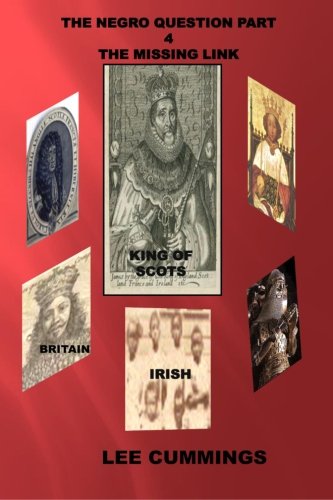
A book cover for The Negro Question Part 4 The Missing Link; Lee Cummings; History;